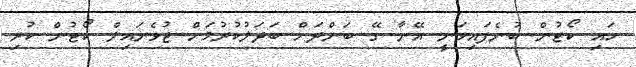
ހައި ކޯޓުން ބުނެފައިވަނީ އޭނާ ގޭ ބަންދަށް ބަދަލުކުރުމަށް ޖުވެނައިލް ކޯޓުން ކުރި